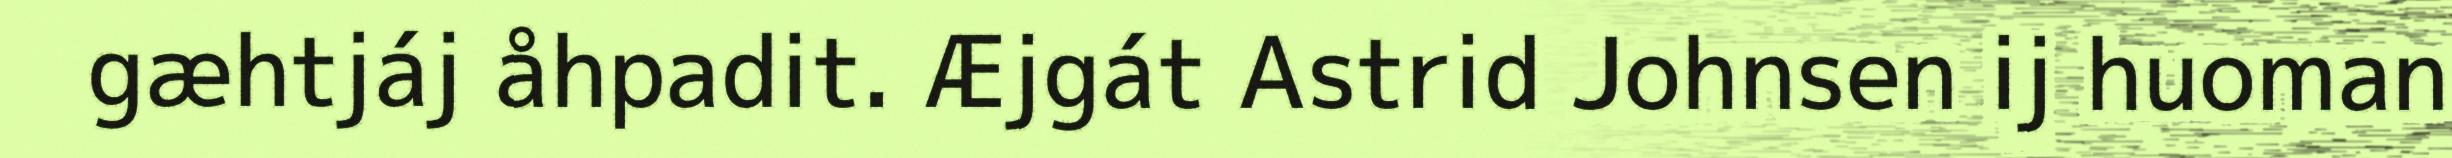
gæhtjáj åhpadit. Æjgát Astrid Johnsen ij huoman